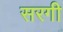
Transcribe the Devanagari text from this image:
सरगी